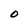
Character: O